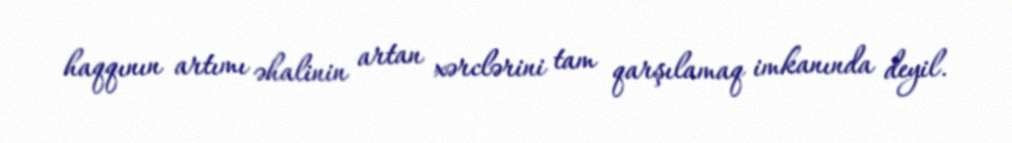
haqqının artımı əhalinin artan xərclərini tam qarşılamaq imkanında deyil.